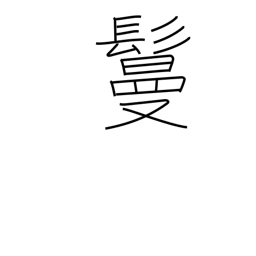
Meaning: hair piece